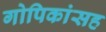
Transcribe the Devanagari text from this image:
गोपिकांसह